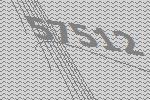
57512